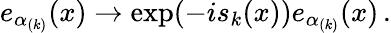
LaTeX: e_{\alpha_{(k)}}(x)\rightarrow\exp(-is_{k}(x))e_{\alpha_{(k)}}(x)\, .